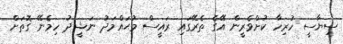
ސިޔާސީ ހުރިހާ ކުށްވެރީން އޭގެ ތެރޭގައި ރައީސް މުޙައްމަދު ނަޝީދު ހިމެނޭ ގޮތަށް